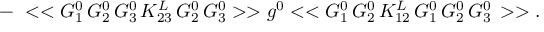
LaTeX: - \, \, < < G _ { 1 } ^ { 0 } \, G _ { 2 } ^ { 0 } \, G _ { 3 } ^ { 0 } \, K _ { 2 3 } ^ { L } \, G _ { 2 } ^ { 0 } \, G _ { 3 } ^ { 0 } > > g ^ { 0 } < < G _ { 1 } ^ { 0 } \, G _ { 2 } ^ { 0 } \, K _ { 1 2 } ^ { L } \, G _ { 1 } ^ { 0 } \, G _ { 2 } ^ { 0 } \, G _ { 3 } ^ { 0 } \, > > .